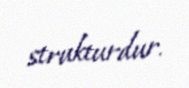
strukturdur.